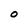
Character: O